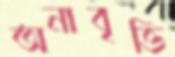
অনাবৃত্তি